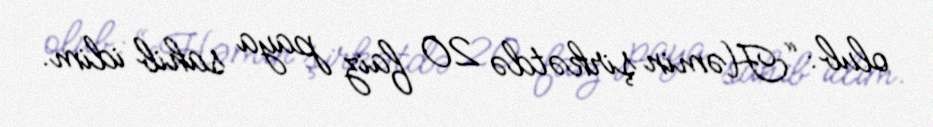
olub: “Həmin şirkətdə 20 faiz paya sahib idim.